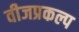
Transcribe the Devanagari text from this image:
वीजप्रकल्प